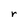
Character: r